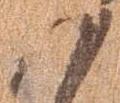
以